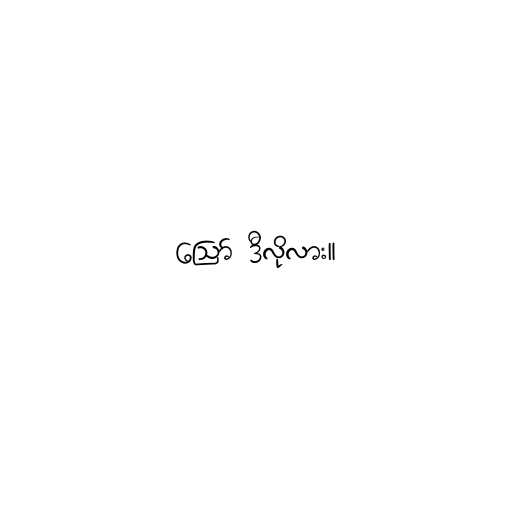
ဪ ဒီလိုလား။